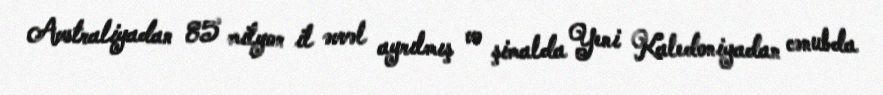
Avstraliyadan 85 milyon il əvvəl ayrılmış və şimalda Yeni Kaledoniyadan cənubda